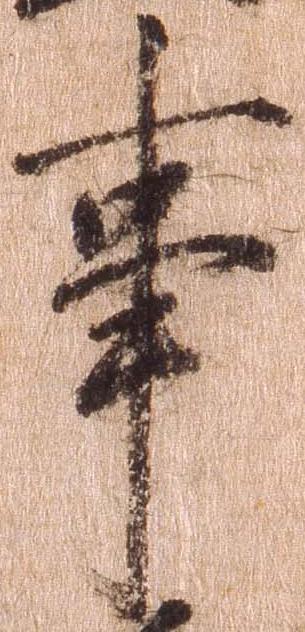
事